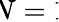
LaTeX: \! \! N=1\! \!